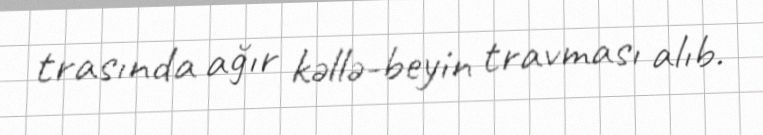
trasında ağır kəllə-beyin travması alıb.